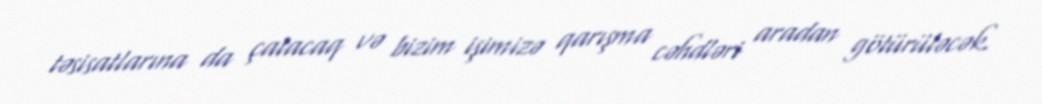
təsisatlarına da çatacaq və bizim işimizə qarışma cəhdləri aradan götürüləcək.